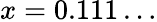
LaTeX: x=0.111\dots